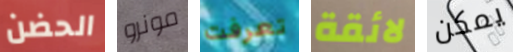
الحضن مونرو تعرفت لائقة يمكن